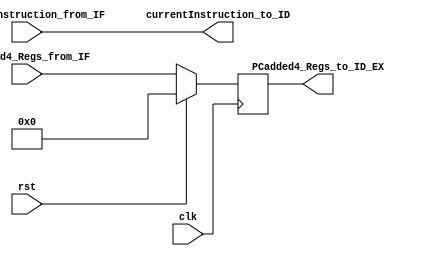
`timescale 1ns / 1ps

module IF_IDRegs
                (
                    input wire clk,
                    input wire rst,
                    input wire [32-1:0]PCadded4_Regs_from_IF,
                    input wire [32-1:0]currentInstruction_from_IF,

                    output reg [32-1:0]PCadded4_Regs_to_ID_EX,
                    output wire [32-1:0]currentInstruction_to_ID
                );



assign currentInstruction_to_ID = currentInstruction_from_IF;


always@(posedge clk)
    begin
        if(rst == 1)
            PCadded4_Regs_to_ID_EX <= 32'h0;
        else
            PCadded4_Regs_to_ID_EX <= PCadded4_Regs_from_IF;

    end

endmodule